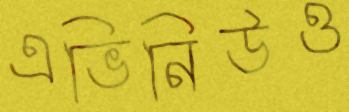
এভিনিউও